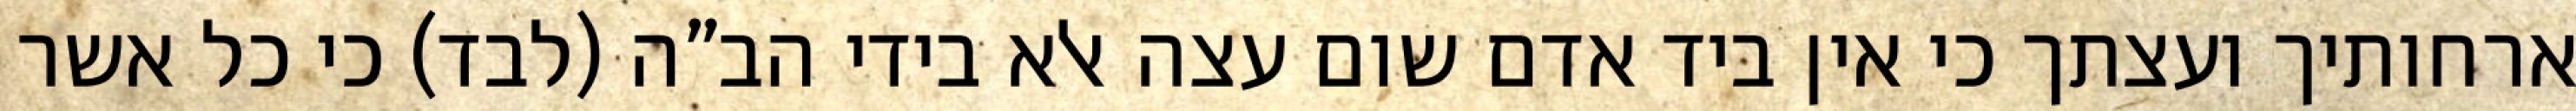
ארחותיך ועצתך כי אין ביד אדם שום עצה אלא בידי הב”ה (לבד) כי כל אשר